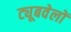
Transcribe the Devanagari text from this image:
ट्यूबवेलों